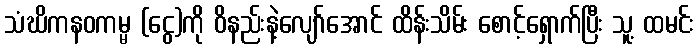
သံဃိကနဝကမ္မ (ငွေ)ကို ဝိနည်းနဲ့လျော်အောင် ထိန်းသိမ်း စောင့်ရှောက်ပြီး သူ့ ထမင်း